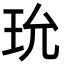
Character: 玧